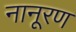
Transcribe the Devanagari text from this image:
नानूरण